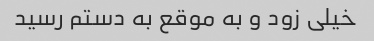
خیلی زود و به موقع به دستم رسید